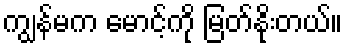
ကျွန်မက မောင့်ကို မြတ်နိုးတယ်။